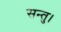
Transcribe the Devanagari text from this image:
सन्तु।